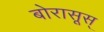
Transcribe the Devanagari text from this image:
बोरासूस्